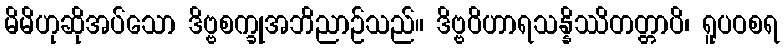
မိမိဟုဆိုအပ်သော ဒိဗ္ဗစက္ခုအဘိညာဉ်သည်။ ဒိဗ္ဗဝိဟာရသန္နိဿိတတ္တာပိ၊ ရူပဝစရ